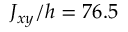
J _ { x y } / h = 7 6 . 5